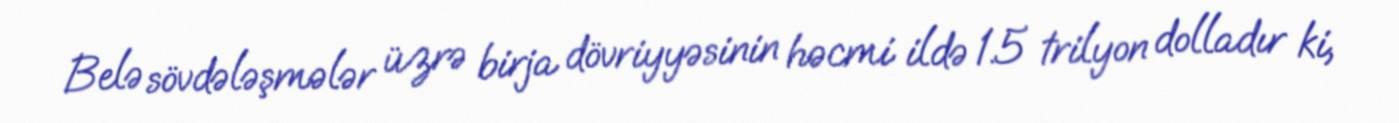
Belə sövdələşmələr üzrə birja dövriyyəsinin həcmi ildə 1.5 trilyon dolladır ki,